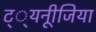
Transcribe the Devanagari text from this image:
ट््यनूीजिया